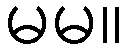
မမ။